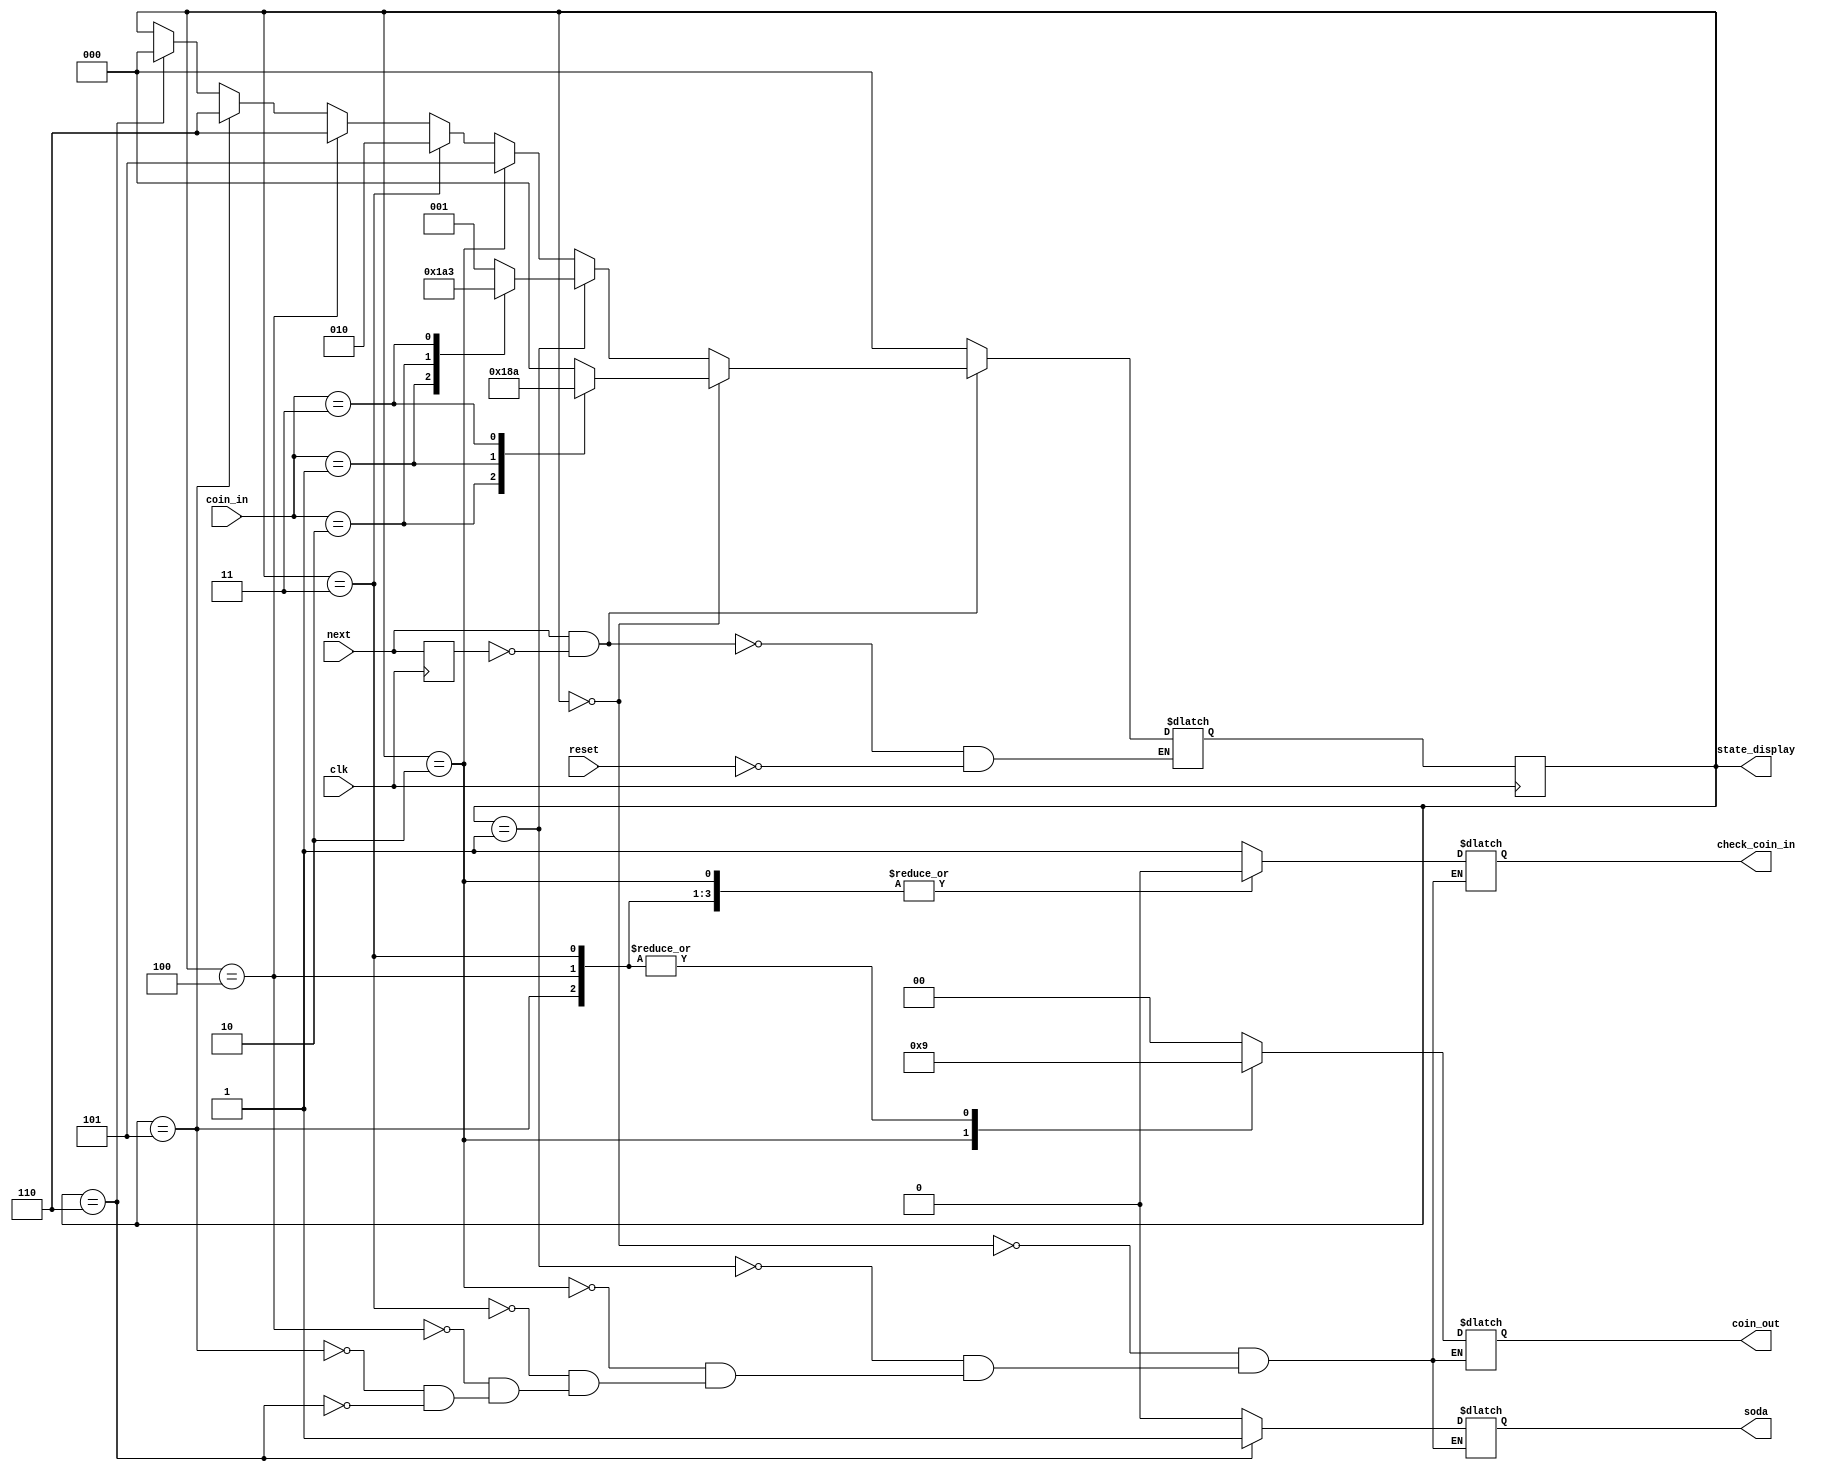
module soda_top(
input clk,
input reset,
input next,
input [1:0] coin_in,
output reg soda,
output reg [1:0] coin_out,
output reg [2:0] state_display,
output reg check_coin_in
);

/* Defining states as local parameters to use later on in the code*/
localparam
put_coin = 0,
input1 = 1,
input5 = 2,
input6 = 3,
input3 = 4,
return1 = 5,
soda_out = 6;

/*Adding extra registers for the next state and previous state of next.*/
reg [2:0] next_state;
reg prev_next;


/* every clock cycle the state_display and prev_next gets updated at the posedge of the clock*/
always @(posedge clk) begin
    state_display <= next_state;
    prev_next <= next;
end

always @(*) begin
    if (reset == 1) begin
        next_state = put_coin; //resets the machine at the next posedge of the clock.
    end
    if (next == 1 && prev_next == 0) begin
        /*the every state defines the next state*/
        if (state_display == put_coin) begin
            case(coin_in)
                2'b00: next_state = put_coin;
                2'b10: next_state = soda_out;
                2'b01: next_state = input1;
                2'b11: next_state = input5;
            endcase
        end
        else if (state_display == input1) begin
            case(coin_in)
                2'b00: next_state = input1;
                2'b01: next_state = soda_out;
                2'b10: next_state = input3;
                2'b11: next_state = input6;
            endcase
        end
        else if (state_display == input5) begin
            next_state = return1;
        end
        else if(state_display == input6) begin
            next_state = input5;
        end
        else if(state_display == input3) begin
            next_state = soda_out;
        end
        else if(state_display == return1) begin
            next_state = soda_out;
        end
        else if(state_display == soda_out) begin
            next_state = put_coin;
        end
        else begin
            next_state = state_display;
        end
    end
    
    /*Sets the outputs according to the current state*/
    case(state_display)
        put_coin: begin
            coin_out = 2'b00;
            soda = 1'b0;
            check_coin_in = 1'b1;
        end
        input1: begin
            coin_out = 2'b00;
            soda = 0;
            check_coin_in = 1'b1;
        end
        input5: begin
            coin_out = 2'b10;
            soda = 0;
            check_coin_in = 1'b0;
        end
        input6: begin
            coin_out = 2'b01;
            soda = 0;
            check_coin_in = 1'b0;
        end
        input3: begin
            coin_out = 2'b01;
            soda = 0;
            check_coin_in = 1'b0;
        end
        return1: begin
            coin_out = 2'b01;
            soda = 0;
            check_coin_in = 1'b0;
        end
        soda_out: begin
            coin_out = 2'b00;
            soda = 1;
            check_coin_in = 1'b0;
        end
    endcase
    
end

endmodule